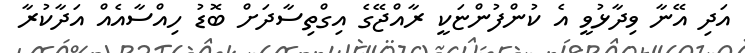
އަދި އޭނާ ވިދާޅުވީ އެ ކުންފުންޏަކީ ރާއްޖޭގެ އިގްތިސާދަށް ބޮޑު ހިއްސާއެއް އަދާކުރާ